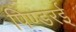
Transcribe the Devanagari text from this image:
पिण्डरई